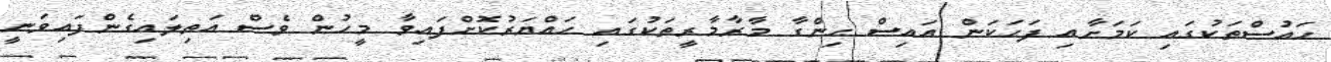
ހައުސްތަކުގައި ކަމަށާއި ފަހަކަން އައިސް ހިންގާ މާރާމާރީތަކުގައި ހައްޔަރުކޮށްފައިވާ މީހުން ވެސް އަތިލައިގެންފައިވަނީ